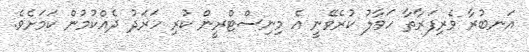
އަނބުރާ ވެރިފަރާތާ ހަވާލު ކުރެވޭނީ އެ މިނިސްޓްރީން ކުރި ހަރަދު ދެއްކުމުން ކަމަށެވެ.